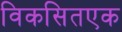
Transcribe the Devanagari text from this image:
विकसितएक